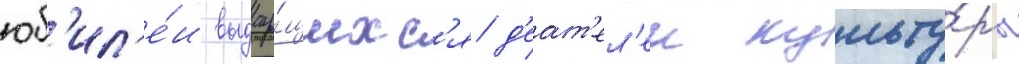
юб'ил'е́и выдау́щихс'я д'еат'ел'еи культу́ры